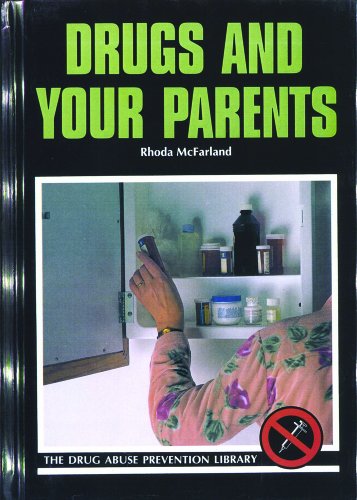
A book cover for Drugs and Your Parents (Drug Abuse Prevention Library); Rhoda McFarland; Teen & Young Adult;